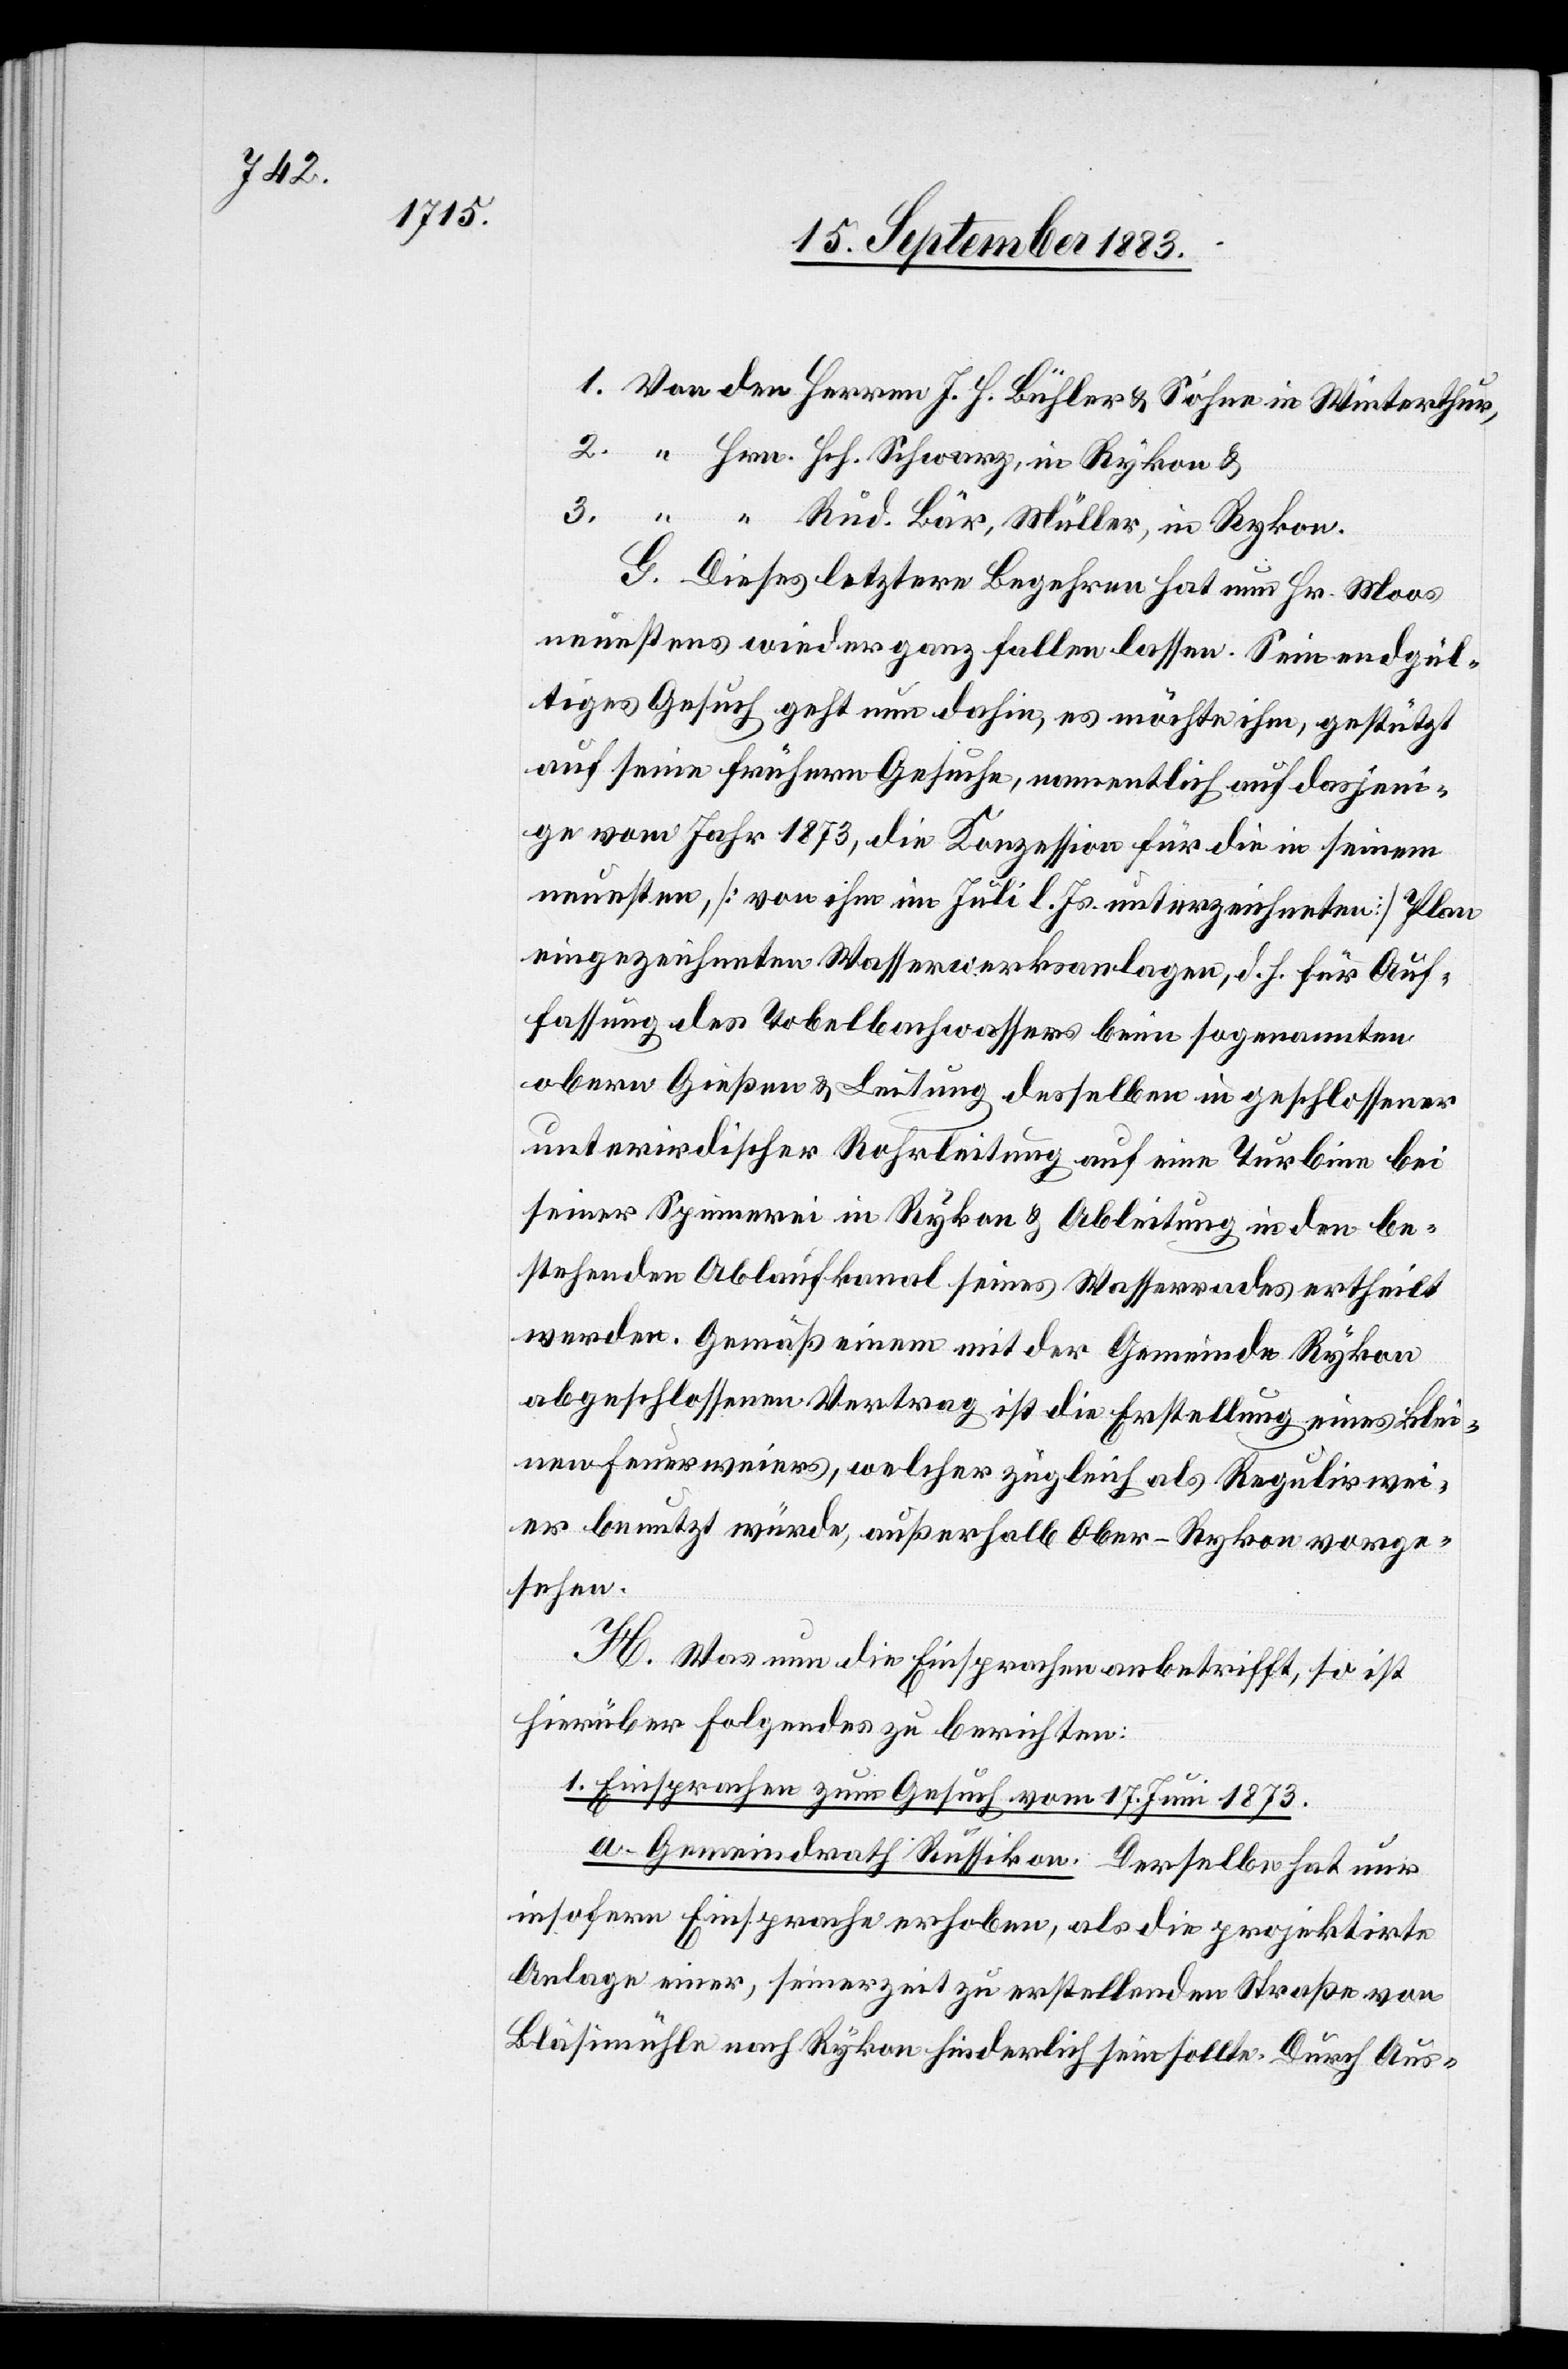
J. H.

G. Dieses letztere Begehren hat nun Hr. Moos
neuestens wieder ganz fallen lassen. Sein endgül¬
tiges Gesuch geht nun dahin, es möchte ihm, gestützt
auf seine frühern Gesuche, namentlich auf dasjeni¬
ge vom Jahr 1873, die Konzession für die in seinem
neuesten, [von ihm im Juli l. Js. unterzeichneten] Plan
eingezeichneten Wasserwerksanlagen, d. h. für Auf¬
fassung des Tobelbachwassers beim sogenannten
obern Gießen & Leitung desselben in geschlossener
unterirdischer Rohrleitung auf eine Turbine bei
seiner Spinnerei in Rykon & Ableitung in den be¬
stehenden Ablaufkanal seines Wasserrades ertheilt
werden. Gemäß einem mit der Gemeinde Rykon
abgeschlossenen Vertrag ist die Erstellung eines klei¬
nen Feuerweiers, welcher zugleich als Regulirwei¬
er benutzt würde, außerhalb Ober-Rykon vorge¬
sehen.
H. Was nun die Einsprachen anbetrifft, so ist
hierüber Folgendes zu berichten:
1. Einsprachen zum Gesuch vom 17. Juni 1873.
a. Gemeindrath Russikon. Derselbe hat nur
insofern Einsprache erhoben, als die projektirte
Anlage einer, seinerzeit zu erstellenden Straße von
Bläsimühle nach Rykon hinderlich sein sollte. Durch Aus-